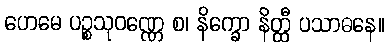
ဟေမေ ပဉ္စသုဝဏ္ဏေ စ၊ နိက္ခော နိတ္ထီ ပသာဓနေ။